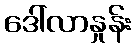
ဒေါ်လာနှုန်း